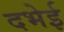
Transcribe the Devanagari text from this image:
दभेई